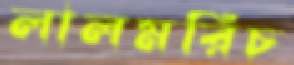
লালমরিচ